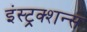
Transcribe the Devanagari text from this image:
इंस्ट्रक्शन्स